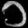
Digit: ၁